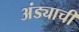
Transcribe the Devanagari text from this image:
अंड्याची